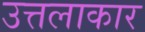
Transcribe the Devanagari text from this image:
उत्तलाकार